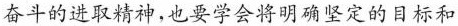
奋斗的进取精神，也要学会将明确坚定的目标和